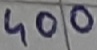
Text: 400